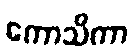
ကောသိကာ